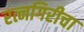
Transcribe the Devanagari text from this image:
रत्नगिरीचा